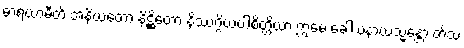
ဓာရယာမီတိ အနိယတော နိဋ္ဌိတော နိဿဂ္ဂိယပါစိတ္တိယာ ဣမေ ခေါ ပနာယသ္မန္တော တိံသ